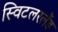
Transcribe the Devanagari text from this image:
स्विटलरलैंड